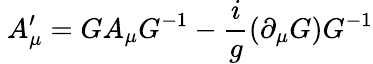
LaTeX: \ A_{\mu}^{\prime}=GA_{\mu}G^{-1}-{\frac{i}{g}}(\partial_{\mu}G)G^{-1}